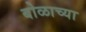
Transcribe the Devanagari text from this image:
बोळाच्या